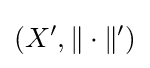
(X',\|\cdot \|')